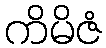
ကိမိဇံ